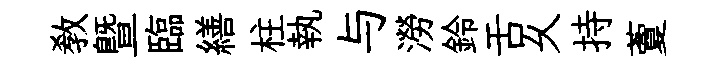
教曁臨繕柱執与澇鈴舌乆持藑